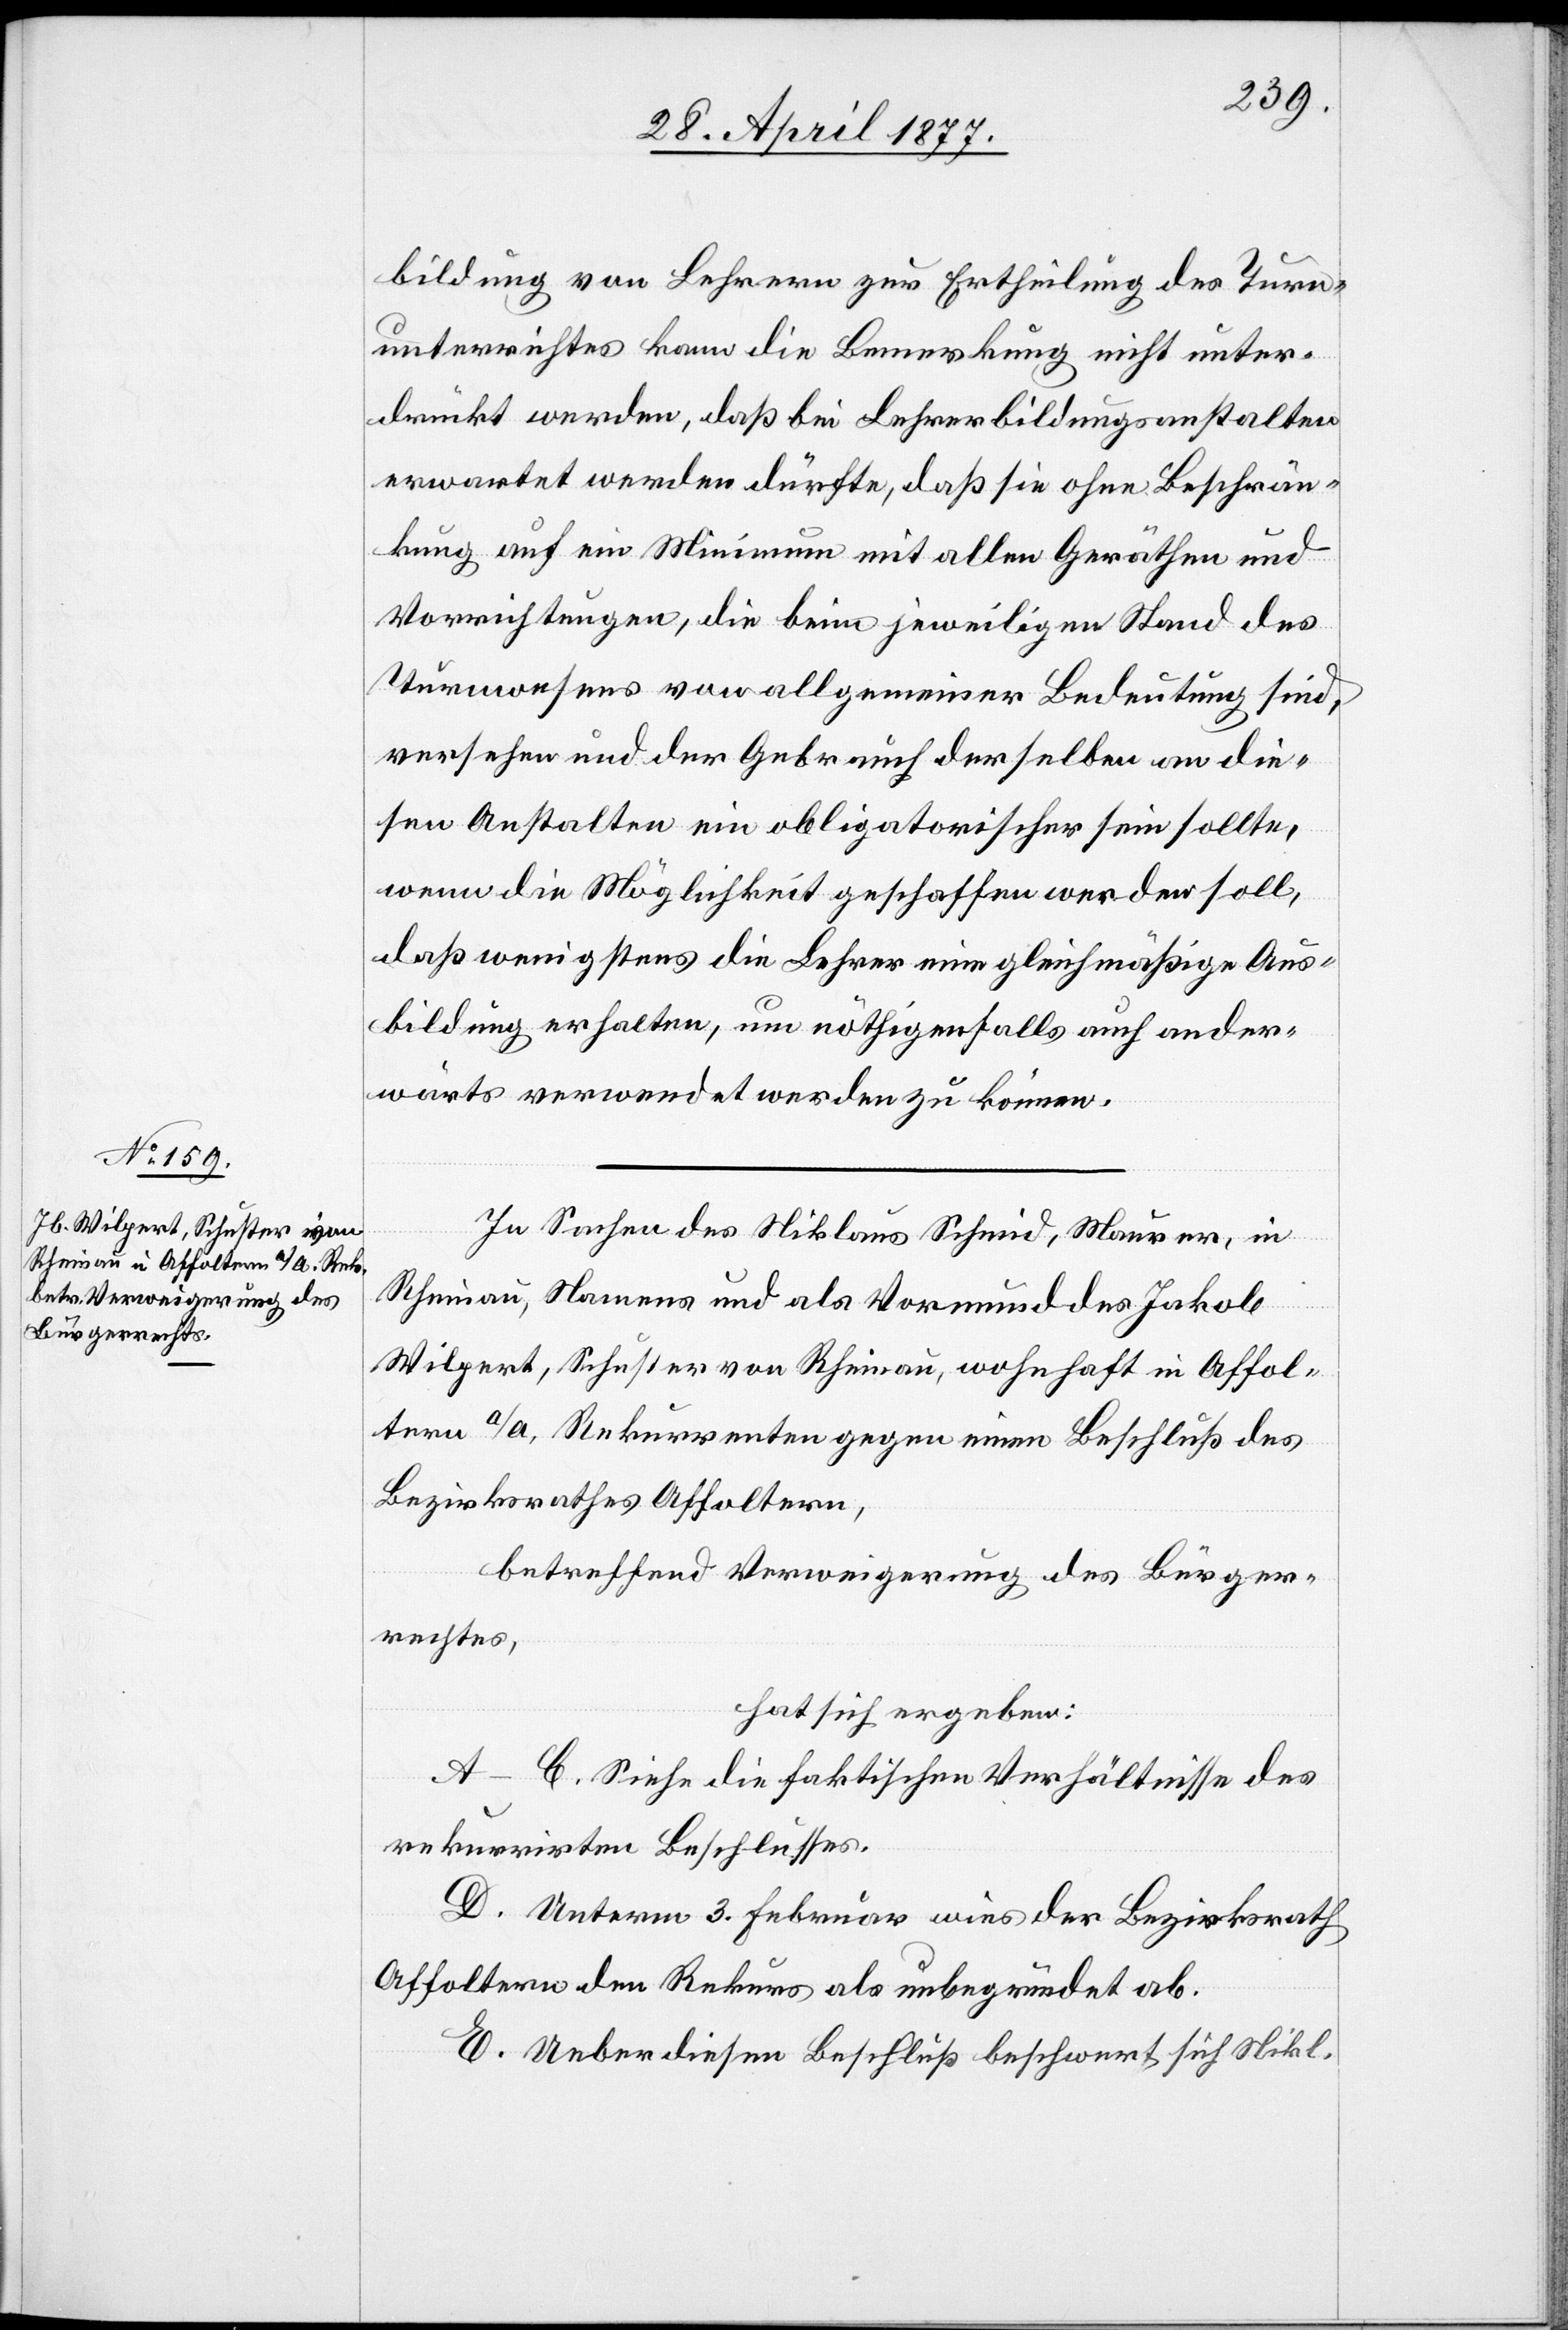
bildung von Lehrern zur Ertheilung des Turn¬
unterrichtes kann die Bemerkung nicht unter¬
drückt werden, daß bei Lehrerbildungsanstalten
erwartet werden dürfte, daß sie ohne Beschrän¬
kung auf ein Minimum mit allen Geräthen und
Vorrichtungen, die beim jeweiligen Stand des
Turnwesens vor allgemeiner Bedeutung sind,
versehen und der Gebrauch derselben an die¬
sen Anstalten ein obligatorischer sein sollte,
wenn die Möglichkeit geschaffen werden soll,
daß wenigstens die Lehrer eine gleichmäßige Aus¬
bildung erhalten, um nöthigenfalls auch ander¬
wärts verwendet werden zu können.
In Sachen des Niklaus Schmid, Maurer, in
Rheinau, Namens und als Vormund des Jakob
Wilpert, Schuster von Rheinau, wohnhaft in Affol¬
tern a/A., Rekurrenten gegen einen Beschluß des
Bezirksrathes Affoltern,
betreffend Verweigerung des Bürger¬
rechtes,
hat sich ergeben:
A–C. Siehe die faktischen Verhältnisse des
rekurrirten Beschlusses.
D. Unterm 3. Februar wies der Bezirksrath
Affoltern den Rekurs als unbegründet ab.
E. Ueber diesen Beschluß beschwert sich Nikl.